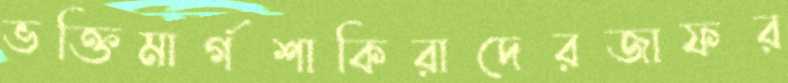
ভক্তিমার্গশাকিরাদেরজাফর